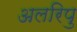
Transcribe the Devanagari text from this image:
अलरिपु